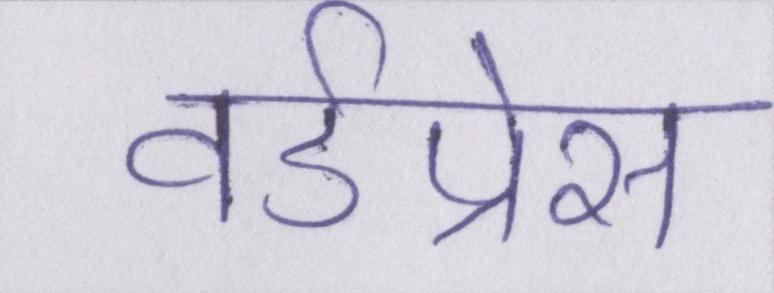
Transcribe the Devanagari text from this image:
वर्डप्रेस